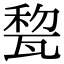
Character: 𤭜